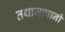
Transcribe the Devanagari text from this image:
तथाजापानी